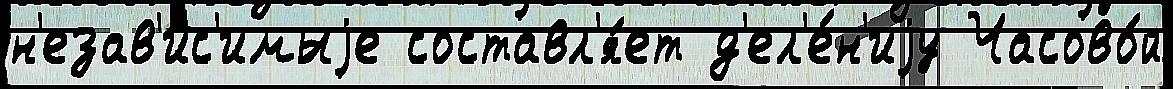
н'езав'и́с'имыjе составл'я́ет д'ел'е́н'иjу Часово́й